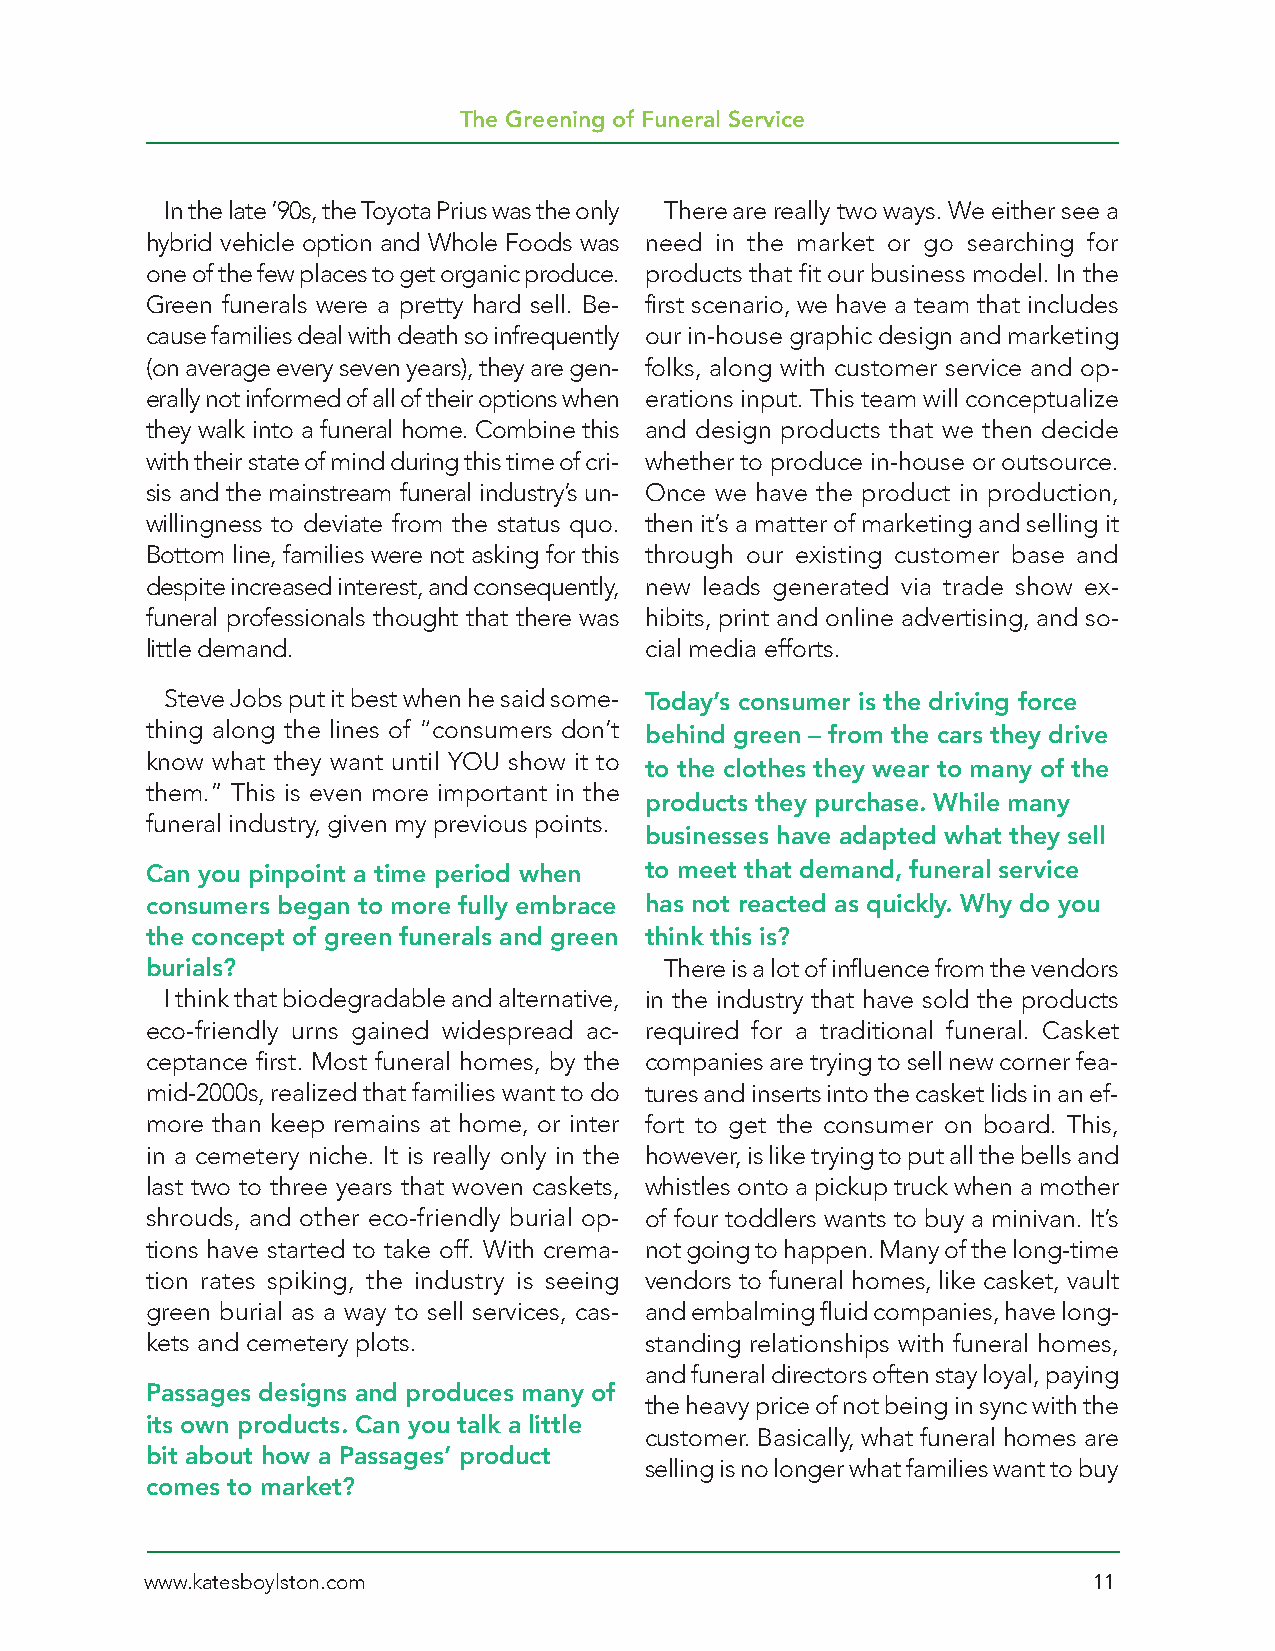
The Greening of Funeral Service
 In the late ’90s, the Toyota Prius was the only There are really two ways. We either see a
 hybrid vehicle option and Whole Foods was need in the market or go searching for
 one of the few places to get organic produce. products that fit our business model. In the
 Green funerals were a pretty hard sell. Be- first scenario, we have a team that includes
 cause families deal with death so infrequently our in-house graphic design and marketing
 (on average every seven years), they are gen- folks, along with customer service and op-
 erally not informed of all of their options when erations input. This team will conceptualize
 they walk into a funeral home. Combine this and design products that we then decide
 with their state of mind during this time of cri- whether to produce in-house or outsource.
 sis and the mainstream funeral industry’s un- Once we have the product in production,
 willingness to deviate from the status quo. then it’s a matter of marketing and selling it
 Bottom line, families were not asking for this through our existing customer base and
 despite increased interest, and consequently, new leads generated via trade show ex-
 funeral professionals thought that there was hibits, print and online advertising, and so-
 little demand.                   cial media efforts.
 Steve Jobs put it best when he said some- Today’s consumer is the driving force
 thing along the lines of “consumers don’t behind green – from the cars they drive
 know what they want until YOU show it to
 to the clothes they wear to many of the
 them.” This is even more important in the
 products they purchase. While many
 funeral industry, given my previous points.
 businesses have adapted what they sell
 Can you pinpoint a time period when to meet that demand, funeral service
 consumers began to more fully embrace has not reacted as quickly. Why do you
 the concept of green funerals and green think this is?
 burials?                          There is a lot of influence from the vendors
 I think that biodegradable and alternative, in the industry that have sold the products
 eco-friendly urns gained widespread ac- required for a traditional funeral. Casket
 ceptance first. Most funeral homes, by the companies are trying to sell new corner fea-
 mid-2000s, realized that families want to do tures and inserts into the casket lids in an ef-
 more than keep remains at home, or inter fort to get the consumer on board. This,
 in a cemetery niche. It is really only in the however, is like trying to put all the bells and
 last two to three years that woven caskets, whistles onto a pickup truck when a mother
 shrouds, and other eco-friendly burial op- of four toddlers wants to buy a minivan. It’s
 tions have started to take off. With crema- not going to happen. Many of the long-time
 tion rates spiking, the industry is seeing vendors to funeral homes, like casket, vault
 green burial as a way to sell services, cas- and embalming fluid companies, have long-
 kets and cemetery plots.         standing relationships with funeral homes,
 and funeral directors often stay loyal, paying
 Passages designs and produces many of
 the heavy price of not being in sync with the
 its own products. Can you talk a little
 customer. Basically, what funeral homes are
 bit about how a Passages’ product
 selling is no longer what families want to buy
 comes to market?
 www.katesboylston.com                                         11